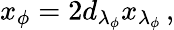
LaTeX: x_{\phi}=2d_{\lambda_{\phi}}x_{\lambda_{\phi}}\, ,